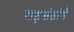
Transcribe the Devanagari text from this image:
राष्ट्रसंतांचे